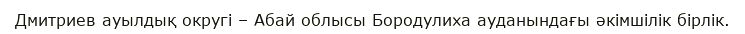
Дмитриев ауылдық округі – Абай облысы Бородулиха ауданындағы әкімшілік бірлік.